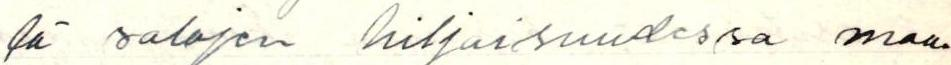
lä salojen hiljaisuudessa maa-